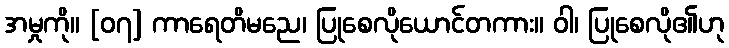
အမှုကို။ [၀၇] ကာရေတိမညေ၊ ပြုစေလိုယောင်တကား။ ဝါ၊ ပြုစေလို၏ဟု